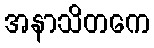
အနာသိတကေ